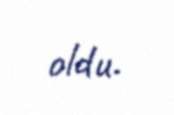
oldu.